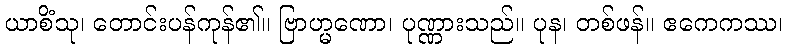
ယာစိံသု၊ တောင်းပန်ကုန်၏။ ဗြာဟ္မဏော၊ ပုဏ္ဏားသည်။ ပုန၊ တစ်ဖန်။ ဧကေကဿ၊